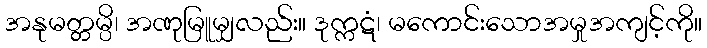
အနုမတ္တမ္ပိ၊ အဏုမြူမျှလည်း။ ဒုက္ကဋံ၊ မကောင်းသောအမှုအကျင့်ကို။